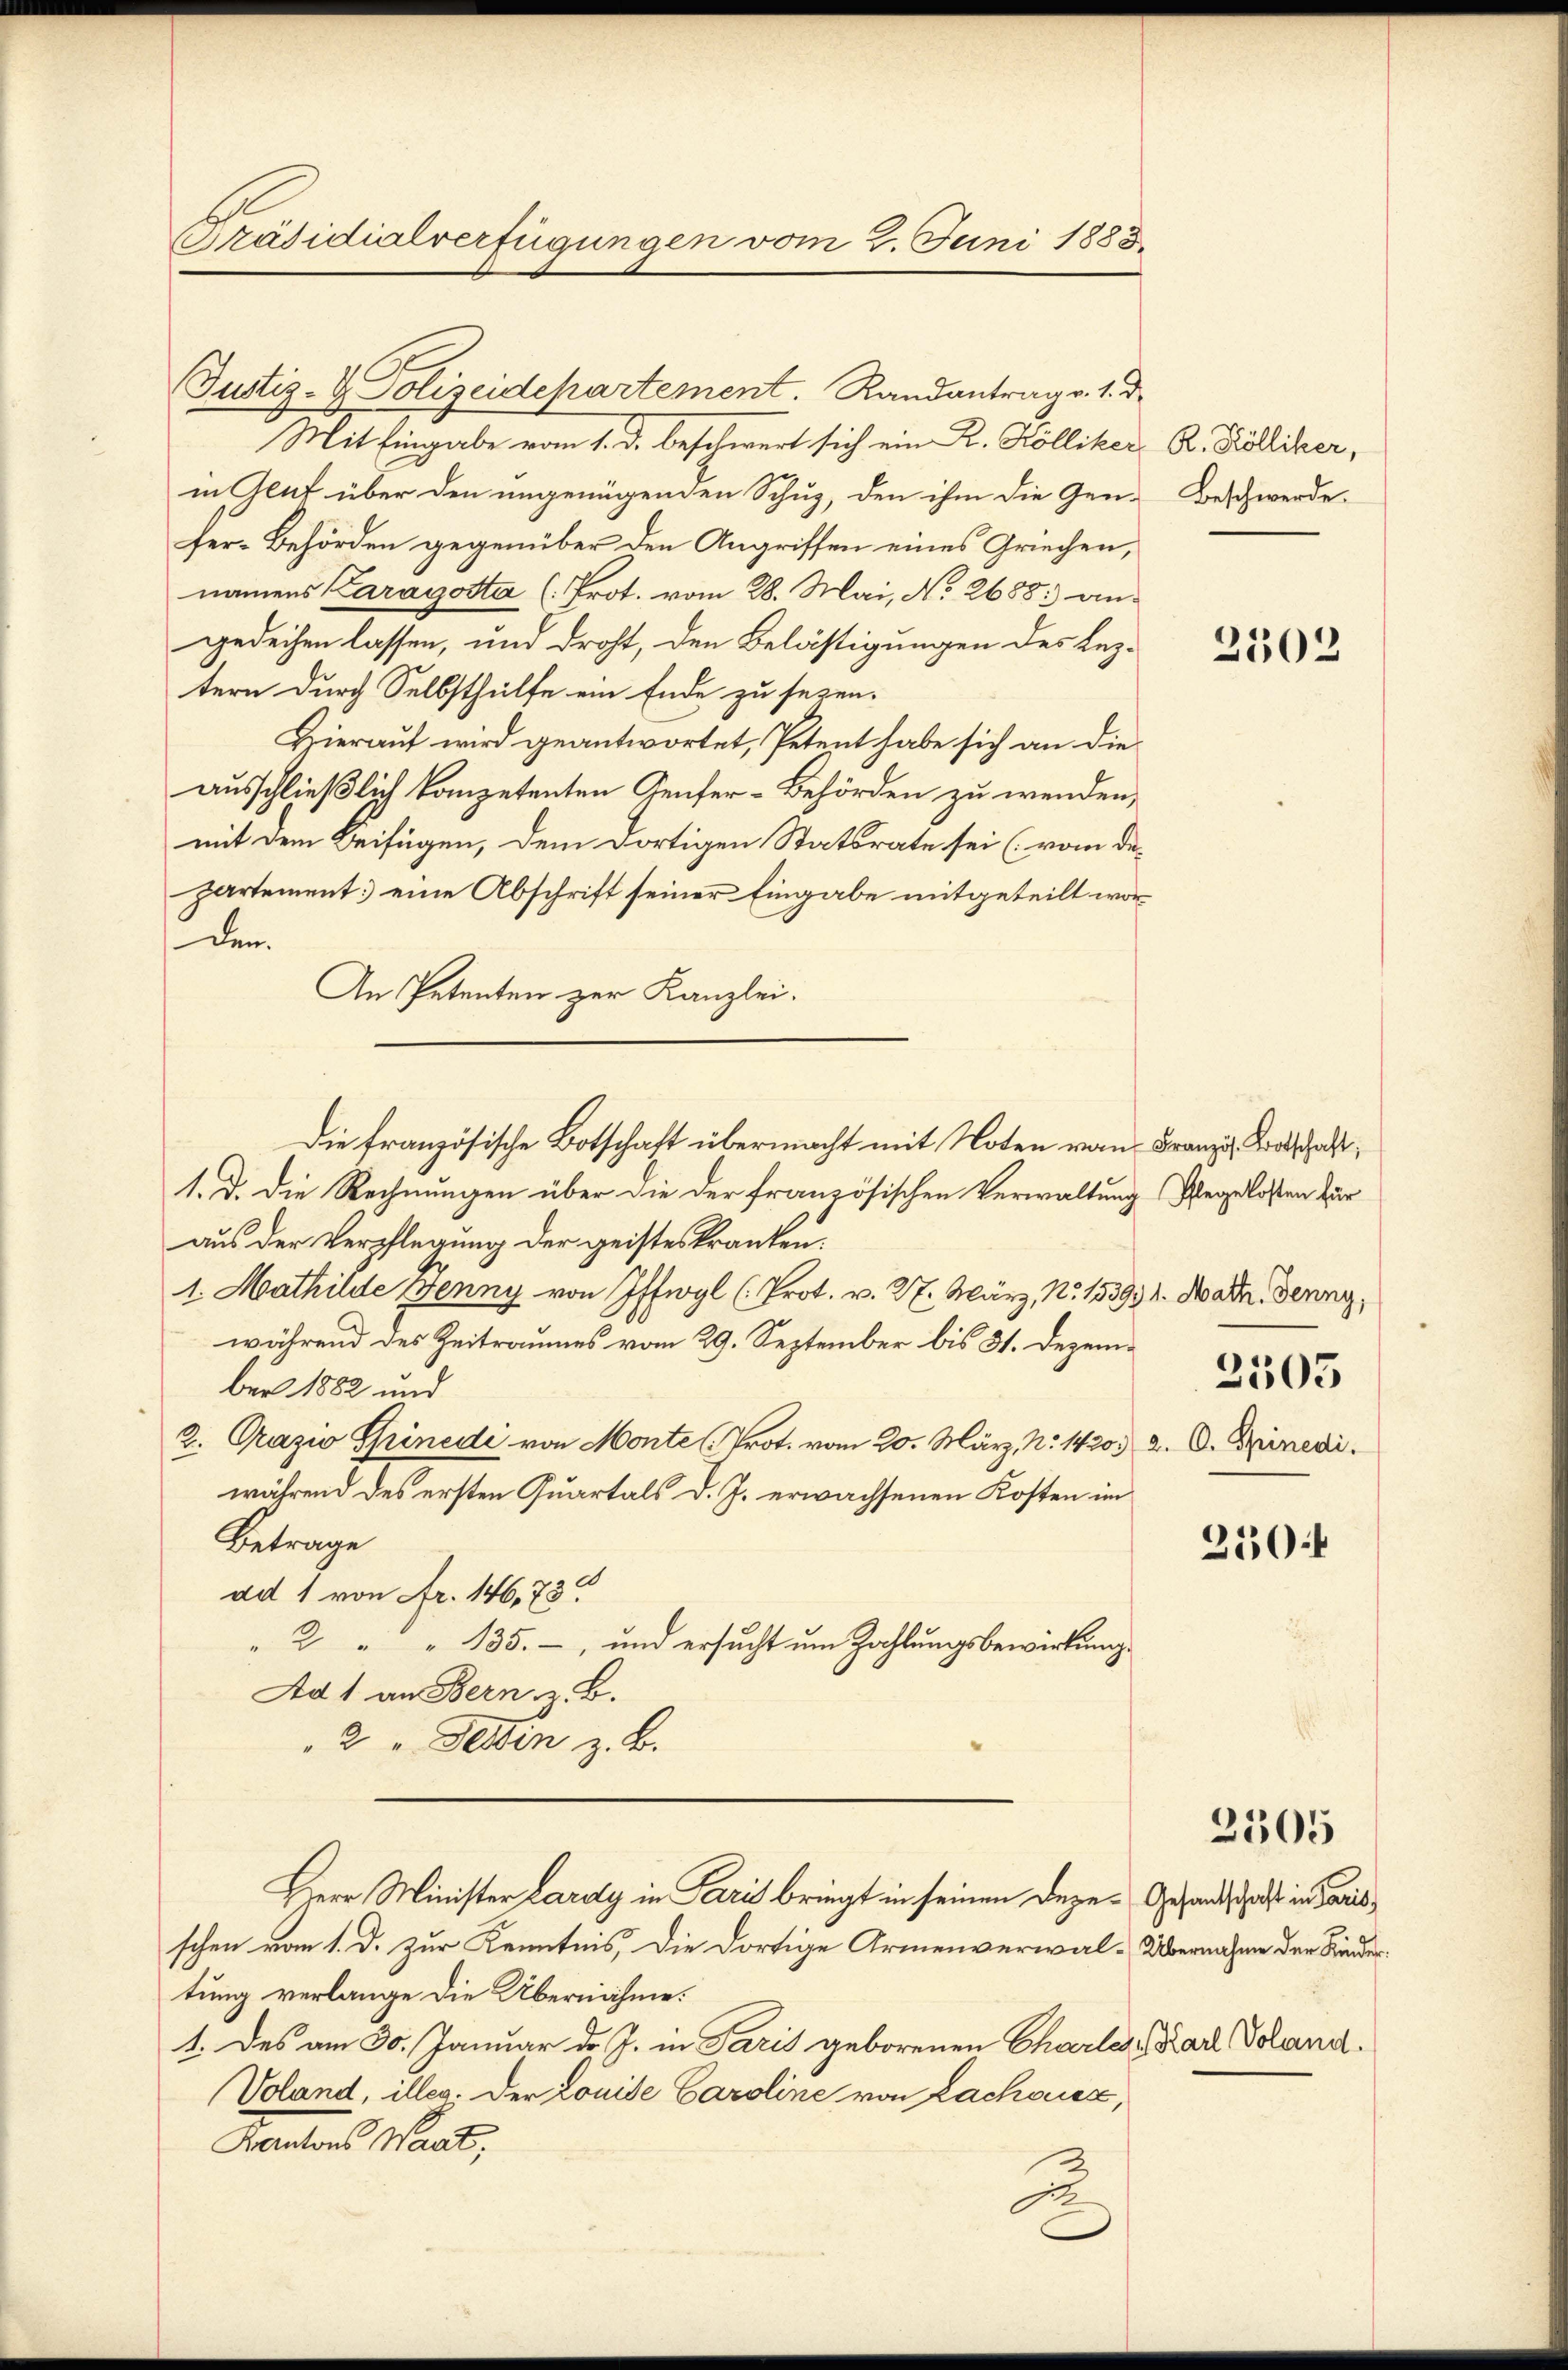
Präsidialverfügungen vom 2. Juni 1883.

Justiz- & Polizeidepartement. Randantrag v. 1. d.
Mit Eingabe vom 1. d. beschwert sich ein K. Kölliker
in Gent über den ungenügenden Schuz, den ihm die Gen-
fer-Behörden gegenüber den Angriffen eines Griechen,
namens Caragosta (Prot. vom 28. Mai, No 2688. angedeihen lassen, und droht, den Belästigungen des Leztern durch Selbsthülfe ein Ende zu sezen-
Hierauf wird geantwortet, Petent habe sich an dieausschließlich kompetenten Genfer-Behörden zu wenden,
mit dem Beifügen, dem dortigen Statsrate sei (vom departement: eine Abschrift seiner Eingabe mitgeteilt worden.
An Petenten zur Kanzlei.
1. D. Die Rechnungen über die der französischen Verwaltung Wegelosen zur
aus der Verpflegung der geistes Kranken.
1. Mathilde Jenny von Iffwyl (Prot. v. 27. März, No 153934. Noadn. Jenny,
während des Zeitraumes vom 29. September bis 31. Dezember 1882 und
2. Pazio Spinedi von Monte (Prot. vom 20. März, No 1420.) a. O. Spinevi
während des ersten Quartals d. J. erwachsenen Kosten im
Betrage
ad 1 von Fr. 146,73
" 2 " " 135. –, und ersucht um Zahlungsbewirkung
Ad 1 an Bern z. B.
2 " Fertin z. B.
Herr Minister Lardy in Paris bringt in seinen Deze- Gesandtschaft in das
schen vom 1. d. zur Kenntnis, die dortige Armenverwal-Übernahme der Kindertung verlange die Übernähme.
1. Des am 30. Januar d. J. in Paris geborenen Charlei Carl Voland¬
Voland, illeg. Der Lönide Caroline von Lachoucz,
Kantons Waat,
Ao.

Die französische Botschaft übermacht mit Noten von Franz, Kotschaft,

R. Kölliker,
Beschwerde.

2502

2503

250:

2305